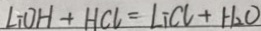
L i O H + H C l = L i C l + H _ { 2 } O